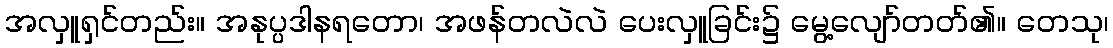
အလှူရှင်တည်း။ အနုပ္ပဒါနရတော၊ အဖန်တလဲလဲ ပေးလှူခြင်း၌ မွေ့လျော်တတ်၏။ တေသု၊